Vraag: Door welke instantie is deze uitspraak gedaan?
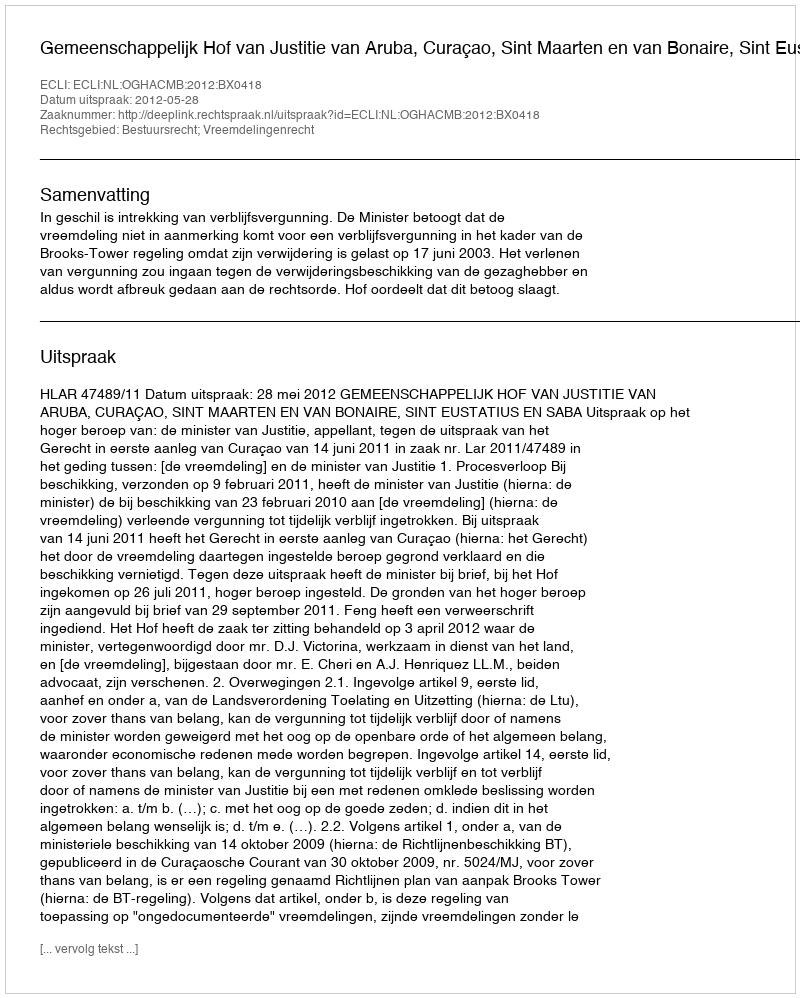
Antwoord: Gemeenschappelijk Hof van Justitie van Aruba, Curaçao, Sint Maarten en van Bonaire, Sint Eustatius en Saba